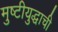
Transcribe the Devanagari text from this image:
मुष्टीयुद्धाची